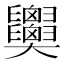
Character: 𦧂